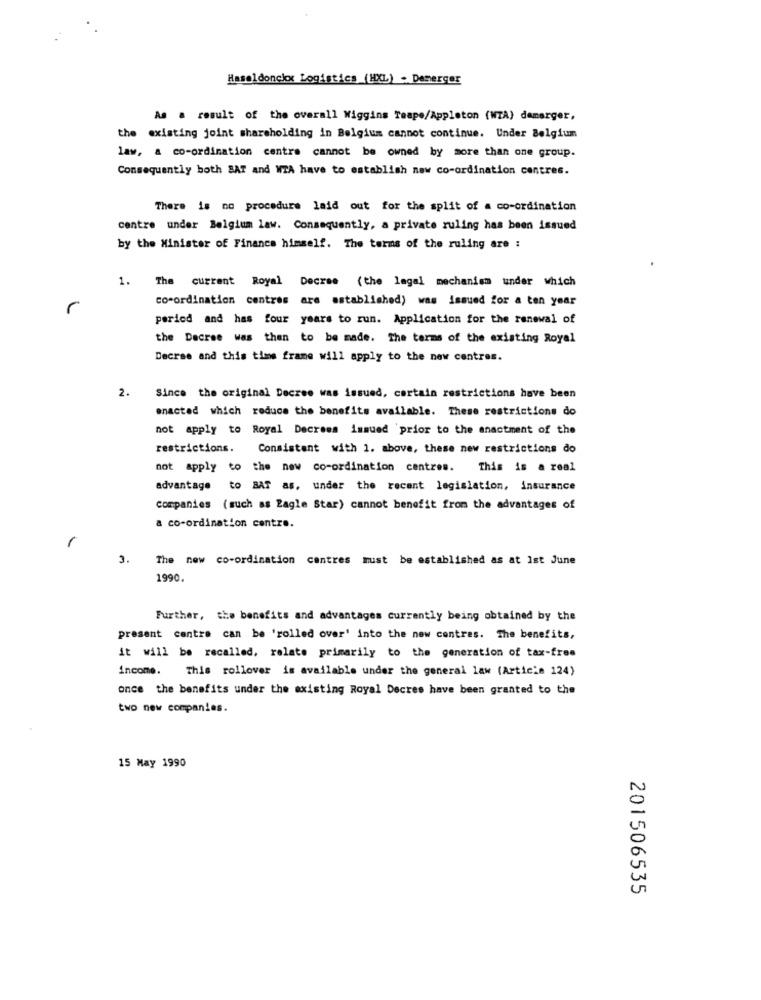
Haseldonckx Logistics (HXL) . Demerger
As a result of the overall Wiggins Teape/Appleton (WTA) damerger,
the existing joint shareholding in Belgium cannot continue. Under Belgium
law, a co-ordination centre cannot be owned by more than one group.
Consequently both BAT and WIA have to establish new co-ordination centres.
There is no procedure laid out for the split of a co-ordination
centre under Belgium law. Consequently, a private ruling has been issued
by the Minister of Finance himself. The terms of the ruling are :
1.
The current Royal Decree (the legal mechanism under which
co-ordination centres are established) was issued for a ten year
period and has four years to run. Application for the renewal of
the Decree was then to be made. The terms of the existing Royal
Decrse and this time frame will apply to the new centres.
2.
Since the original Decree was issued, certain restrictions have been
enacted which reduce the benefits available. These restrictions do
not apply to Royal Decrees immued prior to the anactment of the
restrictions.
Consistent with 1. above, these new restrictions do
not apply to the new co-ordination centres. This is a real
advantage to BAT as, under the recent legislation, insurance
companies (such as Zagle Star) cannot benefit from the advantages of
a co-ordination centre.
-
3.
The new co-ordination centres must be established as at Ist June
1990.
Further, the benefits and advantages currently being obtained by the
present centre can be 'rolled over' into the new contres. The benefits,
it will be recalled, relate primarily to the generation of tax-free
income. This rollover is available under the general law (Article 124)
once the benefits under the existing Royal Decres have been granted to the
two new companies.
15 May 1990
201506535